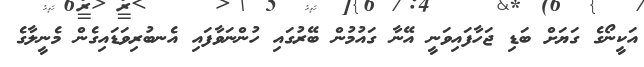
އަކީނޯގެ ގަޔަށް ބަޑި ޖަހާފައިވަނީ އޭނާ ގައުމުން ބޭރުގައި ހުންނަވާފައި އެނބުރިވަޑައިގެން މެނީލާގެ